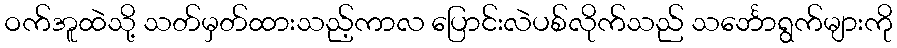
ဝက်အူထဲသို့ သတ်မှတ်ထားသည့်ကာလ ပြောင်းလဲပစ်လိုက်သည် သင်္ဘောရွက်များကို